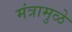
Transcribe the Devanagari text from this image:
मंत्रामुळे